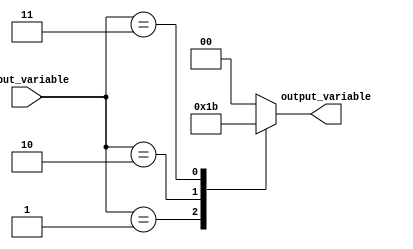
module case_statement(
    input wire [2:0] input_variable,
    output reg [1:0] output_variable
);

always @(*)
begin
    case(input_variable)
        3'b000: output_variable = 2'b00; //when input_variable is 000, output 00
        3'b001: output_variable = 2'b01; //when input_variable is 001, output 01
        3'b010: output_variable = 2'b10; //when input_variable is 010, output 10
        3'b011: output_variable = 2'b11; //when input_variable is 011, output 11
        default: output_variable = 2'b00; //default case
    endcase
end

endmodule